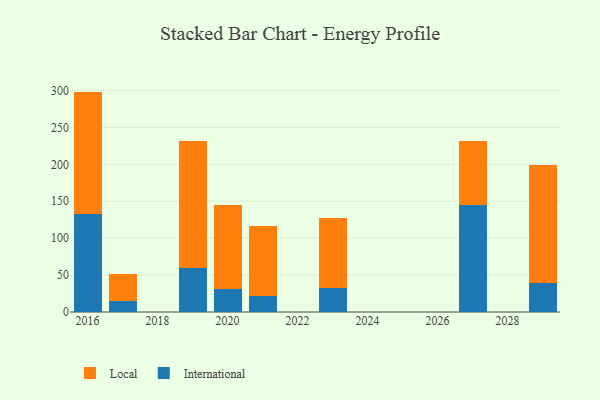
{"axis": {"x": "Year", "y": "Website Visitors"}, "legend": ["International", "Local"], "data": [{"x": "2029", "y": 38.8, "type": "International"}, {"x": "2029", "y": 160.1, "type": "Local"}, {"x": "2027", "y": 144.5, "type": "International"}, {"x": "2027", "y": 87.3, "type": "Local"}, {"x": "2019", "y": 59.1, "type": "International"}, {"x": "2019", "y": 173.0, "type": "Local"}, {"x": "2021", "y": 22.3, "type": "International"}, {"x": "2021", "y": 94.7, "type": "Local"}, {"x": "2016", "y": 133.0, "type": "International"}, {"x": "2016", "y": 165.5, "type": "Local"}, {"x": "2017", "y": 15.5, "type": "International"}, {"x": "2017", "y": 36.6, "type": "Local"}, {"x": "2020", "y": 31.0, "type": "International"}, {"x": "2020", "y": 114.5, "type": "Local"}, {"x": "2023", "y": 32.2, "type": "International"}, {"x": "2023", "y": 95.4, "type": "Local"}]}